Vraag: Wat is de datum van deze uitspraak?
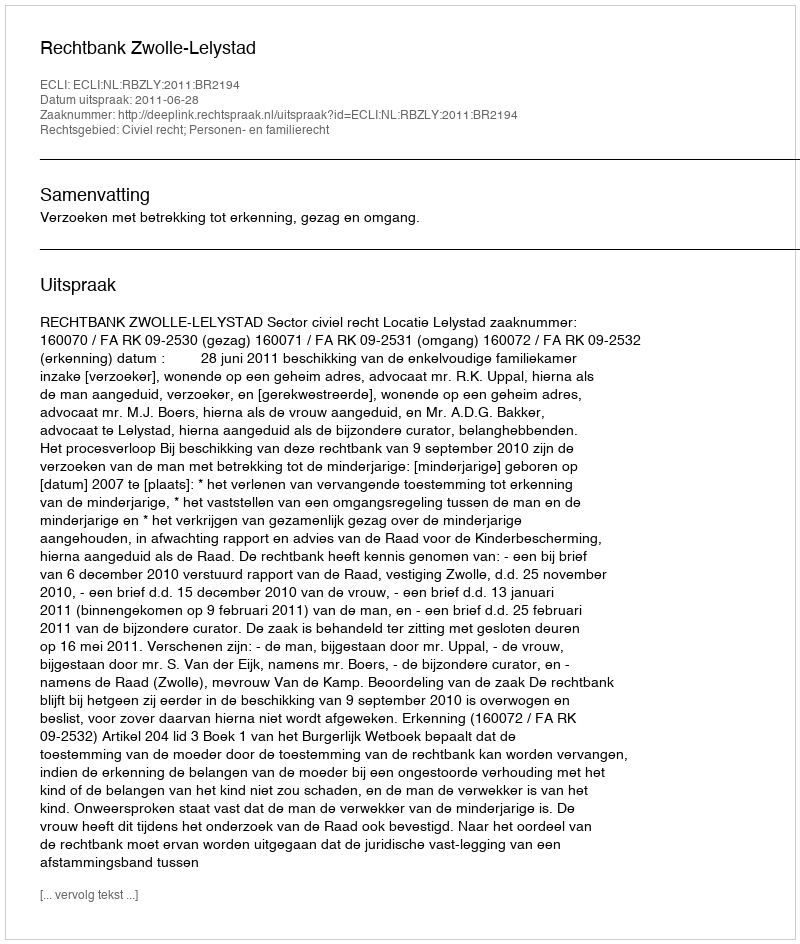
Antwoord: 2011-06-28